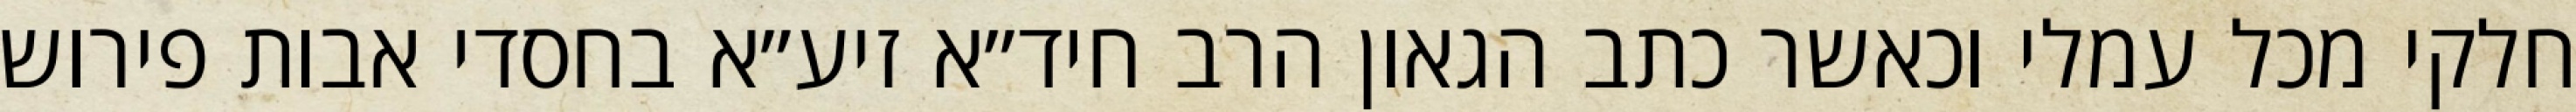
חלקי מכל עמלי וכאשר כתב הגאון הרב חיד״א זיע״א בחסדי אבות פירוש